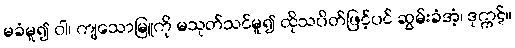
မခံမူ၍ ဝါ၊ ကျသောမြူကို မသုတ်သင်မူ၍ ထိုသပိတ်ဖြင့်ပင် ဆွမ်းခံအံ့၊ ဒုက္ကဋ်။